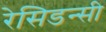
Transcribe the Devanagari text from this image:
रेसिडन्सी